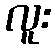
လူး